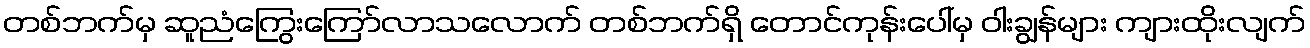
တစ်ဘက်မှ ဆူညံကြွေးကြော်လာသလောက် တစ်ဘက်ရှိ တောင်ကုန်းပေါ်မှ ဝါးချွန်များ ကျားထိုးလျက်